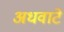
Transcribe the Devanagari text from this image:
अधवाटे